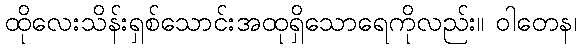
ထိုလေးသိန်းရှစ်သောင်းအထုရှိသောရေကိုလည်း။ ဝါတေန၊